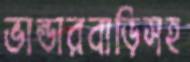
ভান্ডারবাড়িসহ